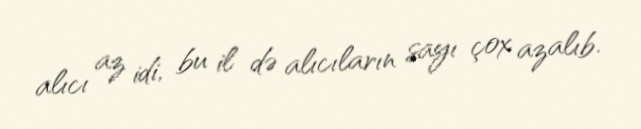
alıcı az idi, bu il də alıcıların sayı çox azalıb.